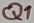
Text: Q1